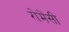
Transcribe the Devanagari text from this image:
रोमेंसी